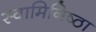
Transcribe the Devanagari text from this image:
स्वामिनिष्ठा